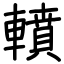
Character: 轒